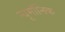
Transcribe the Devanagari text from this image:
न्यूमॉनिक